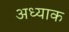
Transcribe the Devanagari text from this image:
अध्याक